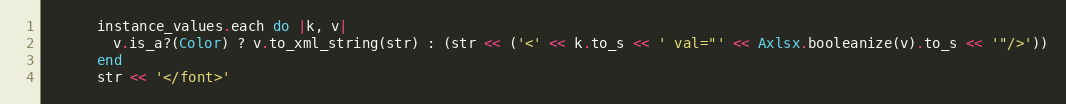
Language: Ruby
      instance_values.each do |k, v|
        v.is_a?(Color) ? v.to_xml_string(str) : (str << ('<' << k.to_s << ' val="' << Axlsx.booleanize(v).to_s << '"/>'))
      end
      str << '</font>'